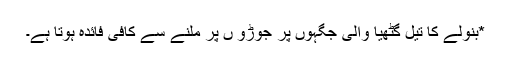
*بنولے کا تیل گٹھیا والی جگہوں پر جوڑو ں پر مَلنے سے کافی فائدہ ہوتا ہے۔